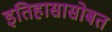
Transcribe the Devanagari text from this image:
इतिहासासोबत